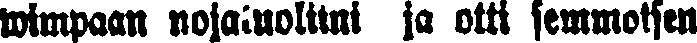
wimpaan nojatuoliini ja otti semmoisen